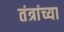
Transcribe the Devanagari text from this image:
तंत्रांच्या